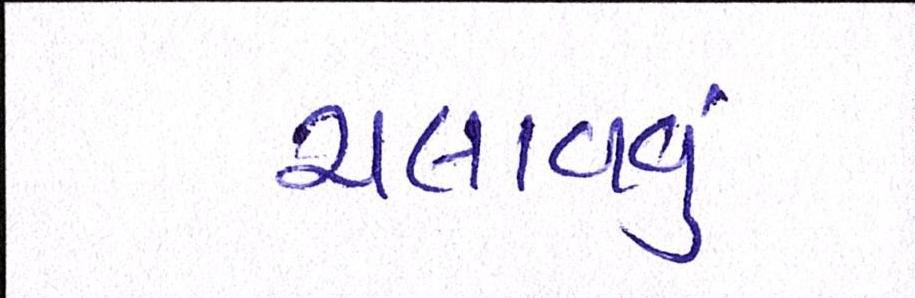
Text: ચલાવવું